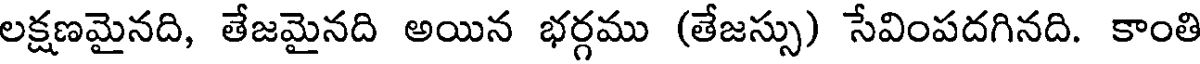
లక్షణమైనది, తేజమైనది అయిన భర్గము (తేజస్సు) సేవింపదగినది. కాంతి